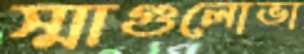
স্মাগুলোভা